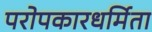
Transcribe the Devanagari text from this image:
परोपकारधर्मिता